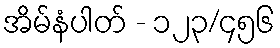
အိမ်နံပါတ် - ၁၂၃/၄၅၆